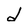
Character: d